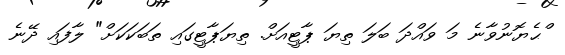
ްޙެޔޮނުވާނެ މަ ވައްދަ ބަލަ ތިޔަ ޕާޓީއަށް. ތިޔަޕާޓީގައި ތަބަކަކަށް" ލާފައި ދޭނެ